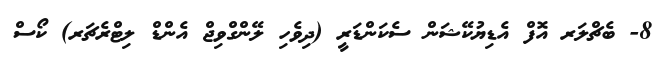
8- ބެޗްލަރ އޮފް އެޑިޔުކޭޝަން ސެކަންޑަރީ (ދިވެހި ލޭންގްވިޖް އެންޑް ލިޓްރެޗަރ) ކޯސް